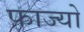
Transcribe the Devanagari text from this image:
फाज्यो